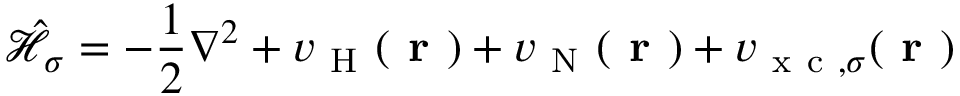
\hat { \mathcal { { H } } } _ { \sigma } = - \frac { 1 } { 2 } \nabla ^ { 2 } + v _ { \mathrm { ~ H ~ } } ( \boldsymbol { \textbf { r } } ) + v _ { \mathrm { ~ N ~ } } ( \boldsymbol { \textbf { r } } ) + v _ { \mathrm { ~ x ~ c ~ } , \sigma } ( \boldsymbol { \textbf { r } } )